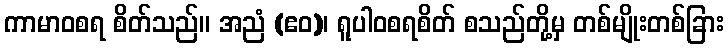
ကာမာဝစရ စိတ်သည်။ အညံ (ဧဝ)၊ ရူပါဝစရစိတ် စသည်တို့မှ တစ်မျိုးတစ်ခြား